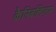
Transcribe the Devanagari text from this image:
कैनिबलिज़म